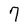
Character: 7